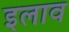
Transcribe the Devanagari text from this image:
इलाव